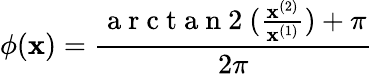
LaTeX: \phi(\mathbf{x})=\frac{\mathrm{~a~r~c~t~a~n~2~}(\frac{\mathbf{x}^{(2)}}{\mathbf{x}^{(1)}})+\pi}{2\pi}